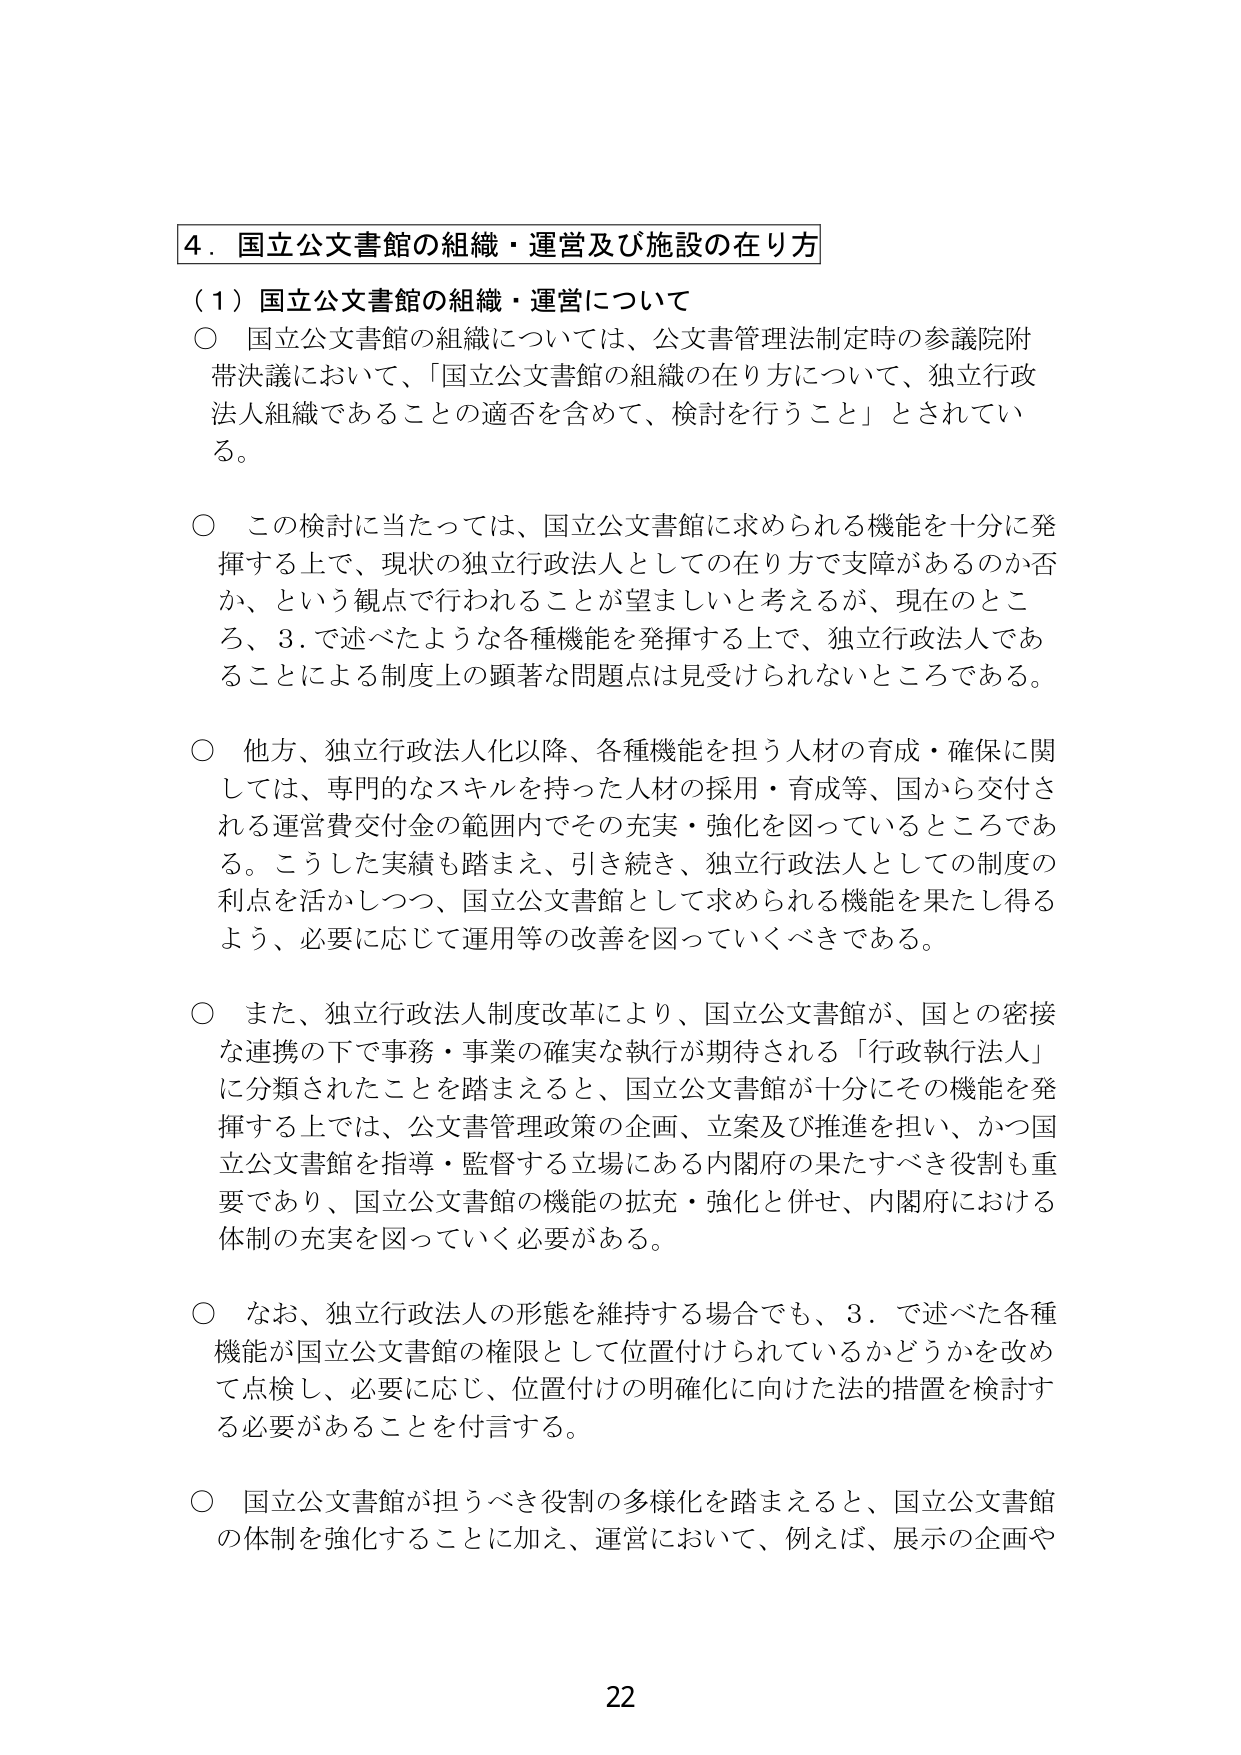
4．国立公文書館の組織・運営及び施設の在り方

（1）国立公文書館の組織・運営について

○ 国立公文書館の組織については、公文書管理法制定時の参議院附帯決議において、「国立公文書館の組織の在り方について、独立行政法人組織であることの適否を含めて、検討を行うこと」とされている。

○ この検討に当たっては、国立公文書館に求められる機能を十分に発揮する上で、現状の独立行政法人としての在り方で支障があるのか否か、という観点で行われることが望ましいと考えるが、現在のところ、3．で述べたような各種機能を発揮する上で、独立行政法人であることによる制度上の顕著な問題点は見受けられないところである。

○ 他方、独立行政法人化以降、各種機能を担う人材の育成・確保に関しては、専門的なスキルを持った人材の採用・育成等、国から交付される運営費交付金の範囲内でその充実・強化を図っているところである。こうした実績も踏まえ、引き続き、独立行政法人としての制度の利点を活かしつつ、国立公文書館として求められる機能を果たし得るよう、必要に応じて運用等の改善を図っていくべきである。

○ また、独立行政法人制度改革により、国立公文書館が、国との密接な連携の下で事務・事業の確実な執行が期待される「行政執行法人」に分類されたことを踏まえると、国立公文書館が十分にその機能を発揮する上では、公文書管理政策の企画、立案及び推進を担い、かつ国立公文書館を指導・監督する立場にある内閣府の果たすべき役割も重要であり、国立公文書館の機能の拡充・強化と併せ、内閣府における体制の充実を図っていく必要がある。

○ なお、独立行政法人の形態を維持する場合でも、3．で述べた各種機能が国立公文書館の権限として位置付けられているかどうかを改めて点検し、必要に応じ、位置付けの明確化に向けた法的措置を検討する必要があることを付言する。

○ 国立公文書館が担うべき役割の多様化を踏まえると、国立公文書館の体制を強化することに加え、運営において、例えば、展示の企画や

22